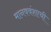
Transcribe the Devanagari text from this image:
मानववंशाची